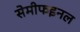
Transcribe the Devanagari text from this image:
सेमीफइनल